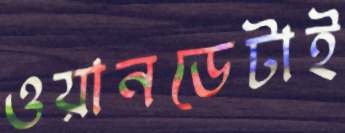
ওয়ানডেটাই